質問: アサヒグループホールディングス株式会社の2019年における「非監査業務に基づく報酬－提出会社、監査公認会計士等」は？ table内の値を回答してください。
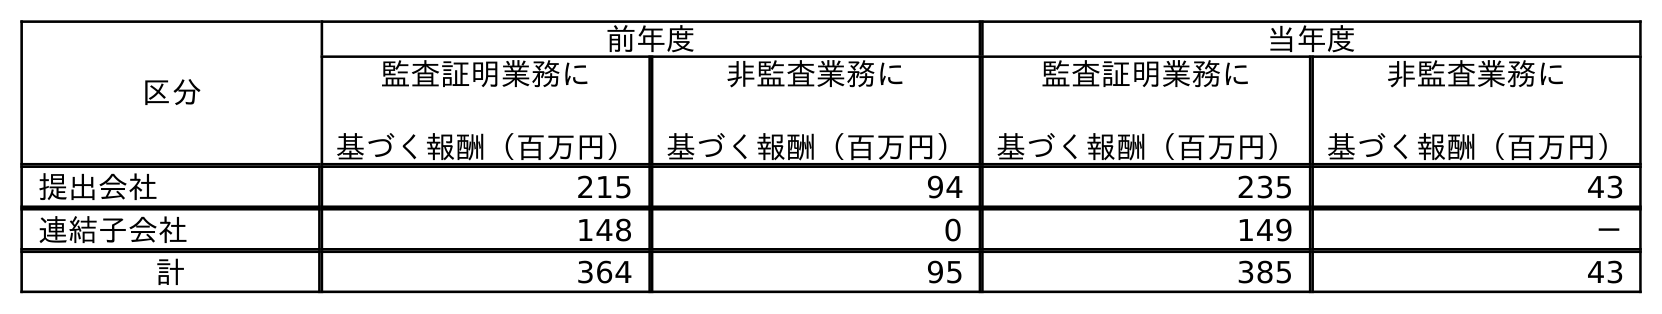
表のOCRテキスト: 区分 前年度 当年度 監査証明業務に 基づく報酬（百万円） 非監査業務に 基づく報酬（百万円） 監査証明業務に 基づく報酬（百万円） 非監査業務に 基づく報酬（百万円） 提出会社 215 94 235 43 連結子会社 148 0 149 － 計 364 95 385 43
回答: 94